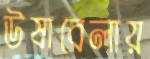
উষাবেলায়